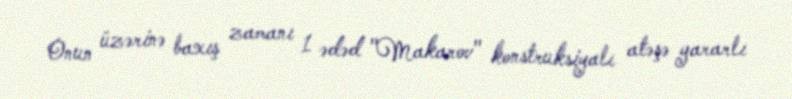
Onun üzərinə baxış zamanı 1 ədəd "Makarov" konstruksiyalı atəşə yararlı